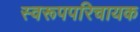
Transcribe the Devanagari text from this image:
स्वरूपपरिचायक